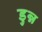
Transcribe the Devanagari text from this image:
डुन्न